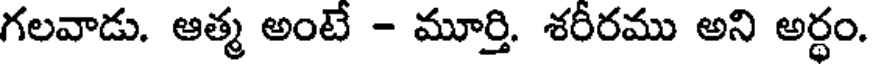
గలవాడు. ఆత్మ అంటే - మూర్తి. శరీరము అని అర్థం.